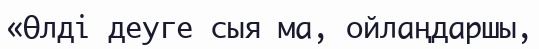
«Өлді деуге сыя ма, ойлаңдаршы,